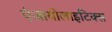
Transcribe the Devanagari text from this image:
एंजायोलाइटिक्स